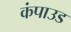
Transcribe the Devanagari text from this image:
कंपाउड